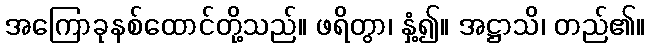
အကြောခုနစ်ထောင်တို့သည်။ ဖရိတွာ၊ နှံ့၍။ အဋ္ဌာသိ၊ တည်၏။